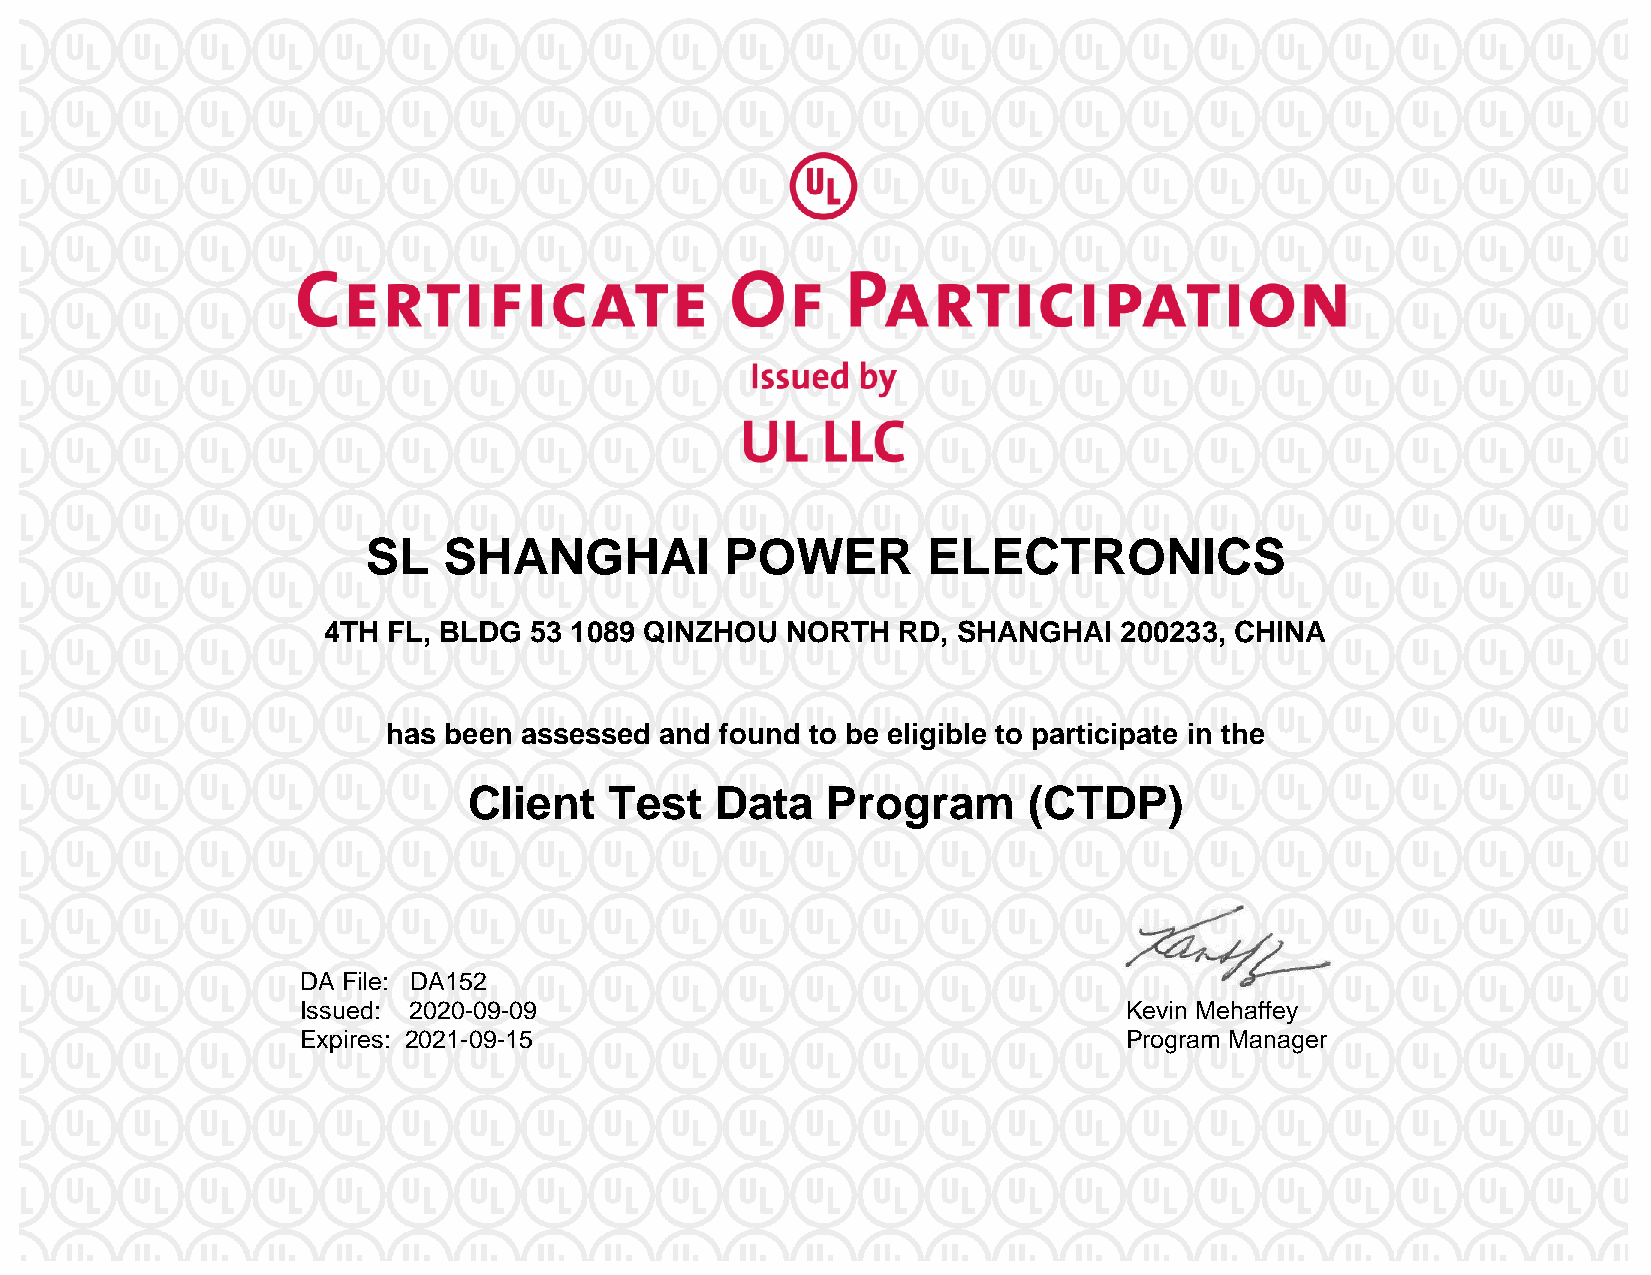
SL   SHANGHAI           POWER        ELECTRONICS
 4TH  FL, BLDG 53 1089 QINZHOU  NORTH  RD, SHANGHAI   200233, CHINA
 has been assessed and found to be eligible to participate in the
 Client   Test   Data    Program      (CTDP)
 DA File: DA152
 Issued: 2020-09-09                                    Kevin Mehaffey
 Expires: 2021-09-15                                   Program Manager